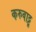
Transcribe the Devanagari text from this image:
करुवाट्टू